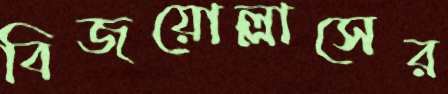
বিজয়োল্লাসের